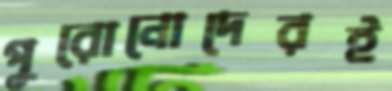
পুরোনোদেরই